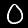
Label: 0